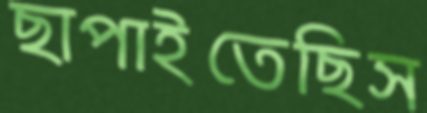
ছাপাইতেছিস